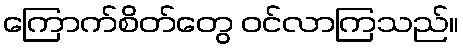
ကြောက်စိတ်တွေ ဝင်လာကြသည်။